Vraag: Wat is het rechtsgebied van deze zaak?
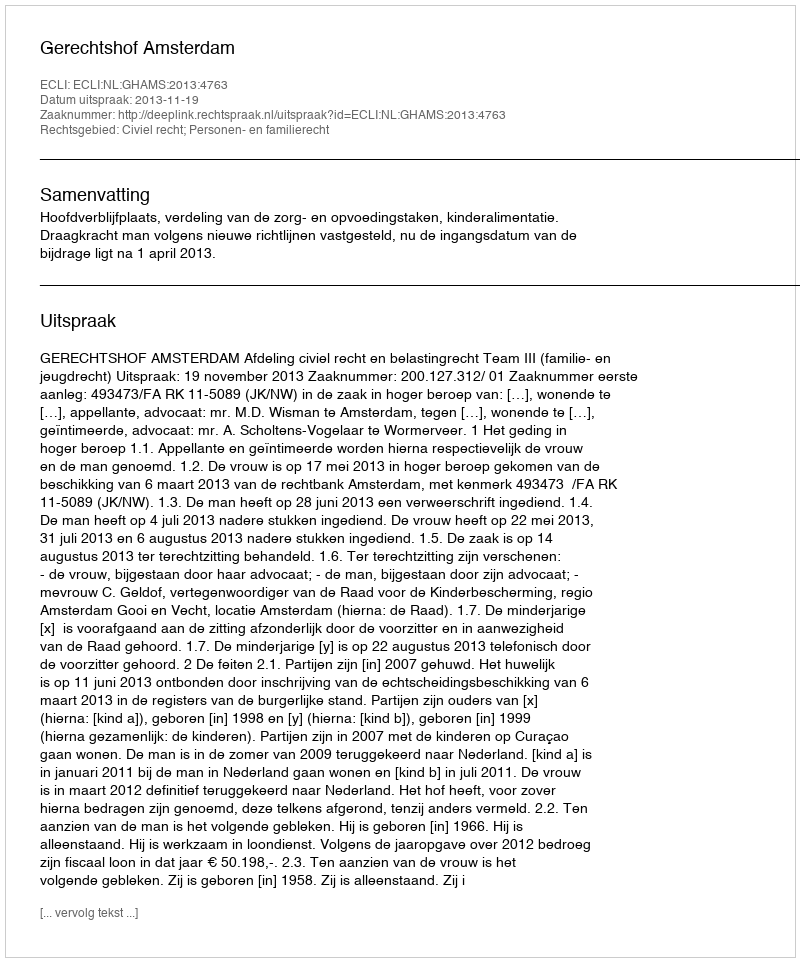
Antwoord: Civiel recht; Personen- en familierecht